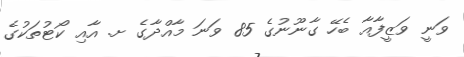
ވަނީ ވަޒީފާއާ ބެހޭ ގާނޫނުގެ 85 ވަނަ މާއްދާގެ ށ. އާއި ކޯޓުތަކުގެ